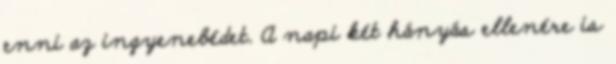
enni az ingyenebédet. A napi két hányás ellenére is